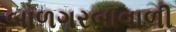
બાળગરબાવાળી